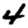
Digit: 4